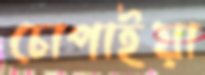
চোপাইয়া